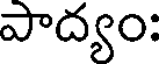
పాద్యం: